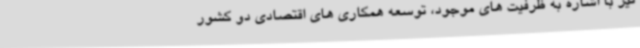
نیز با اشاره به ظرفیت های موجود، توسعه همکاری های اقتصادی دو کشور